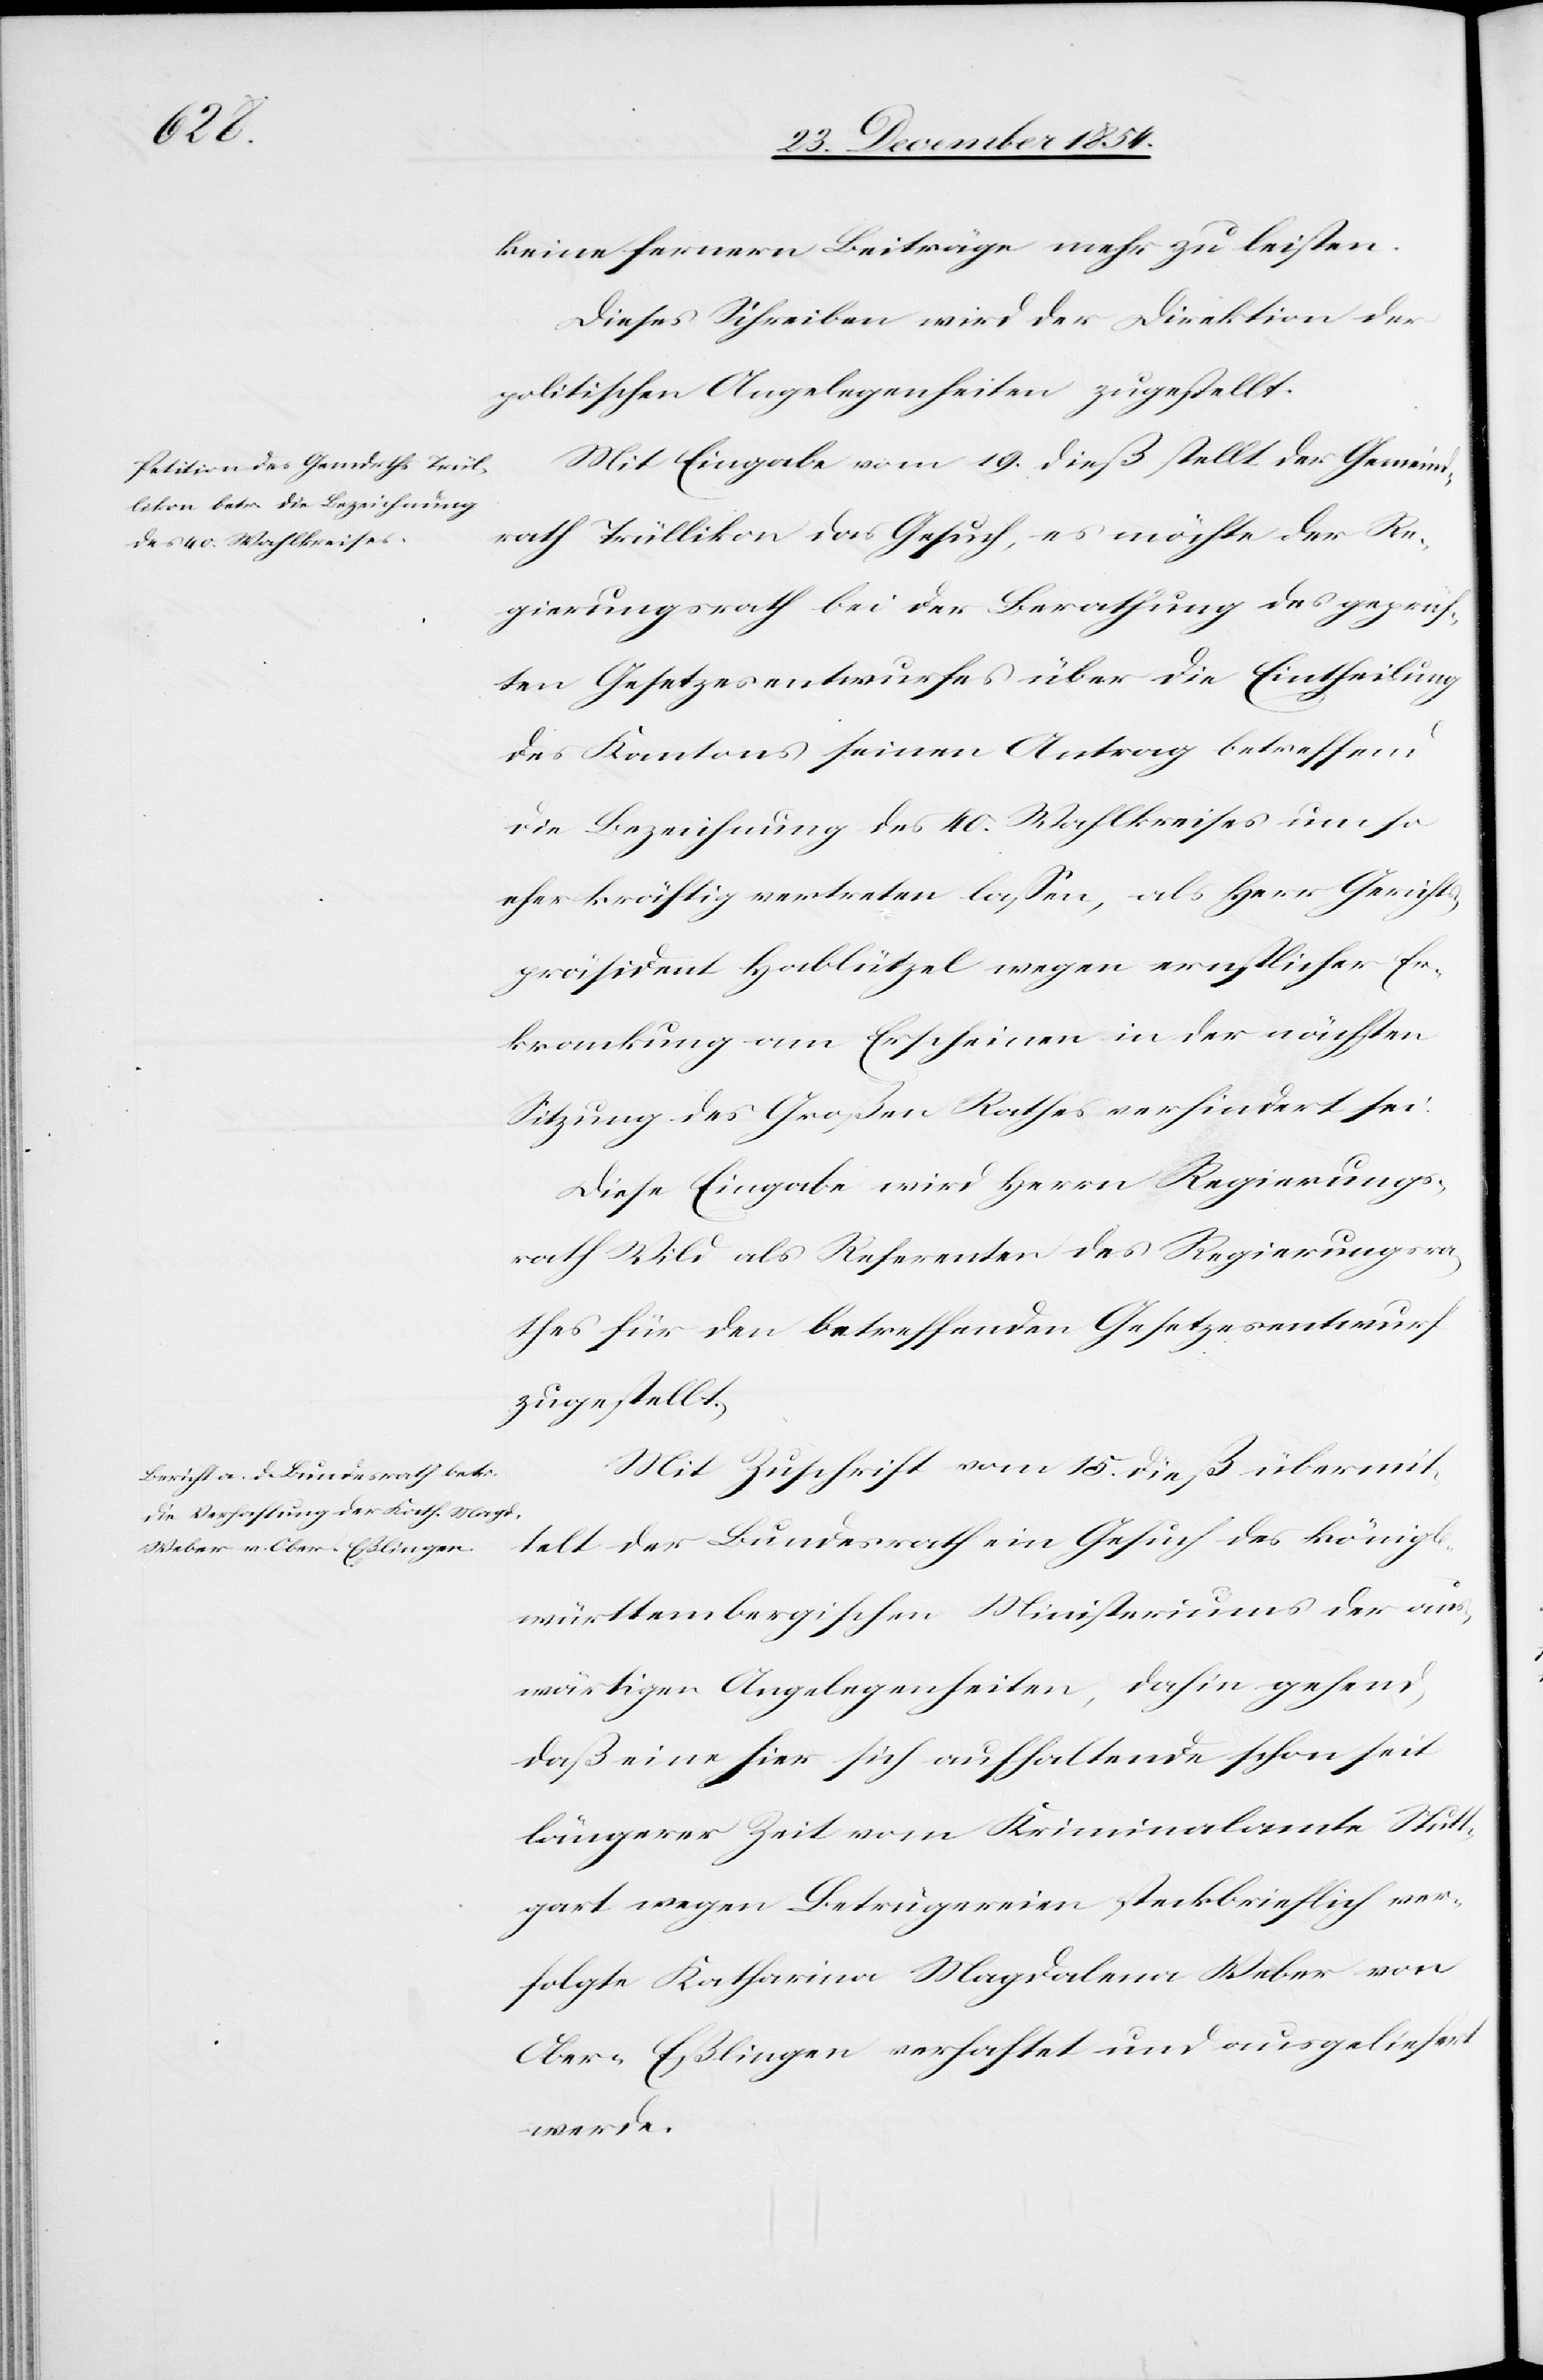
keine fernern Beiträge mehr zu leisten.
Dieses Schreiben wird der Direktion der
politischen Angelegenheiten zugestellt.
Mit Eingabe vom 19. dieß stellt der Gemeind¬
rath Trüllikon das Gesuch, es möchte der Re¬
gierungsrath bei der Berathung des geprüf¬
ten Gesetzesentwurfes über die Eintheilung
des Kantons seinen Antrag betreffend
die Bezeichnung des 40. Wahlkreises um so
eher kräftig vertreten laßen, als Herr Gerichts¬
präsident Hablützel wegen ernstlicher Er¬
krankung am Erscheinen in der nächsten
Sitzung des Großen Rathes verhindert sei.
Diese Eingabe wird Herrn Regierungs¬
rath Wild als Referenten des Regierungsra¬
thes für den betreffenden Gesetzesentwurf
zugestellt.
Mit Zuschrift vom 15. dieß übermit¬
telt der Bundesrath ein Gesuch des königl.
württembergischen Ministeriums der aus¬
wärtigen Angelegenheiten, dahin gehend,
daß eine hier sich aufhaltende schon seit
längerer Zeit vom Kriminalamte Stutt¬
gart wegen Betrügereien steckbrieflich ver¬
folgte Katharina Magdalena Weber von
Ober-Eßlingen verhaftet und ausgeliefert
werde.